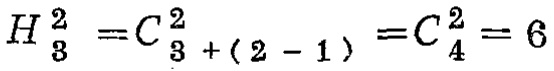
\[H_{3}^{2}=C_{3+(2 - 1)}^{2}=C_{4}^{2}=6\]